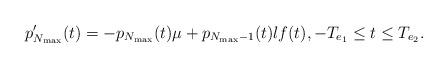
LaTeX: \begin{align*}p_{N_{\max}}'(t)=-p_{N_{\max}}(t)\mu + p_{N_{\max}-1}(t)\l f(t),-T_{e_1} \leq t \leq T_{e_2}. \end{align*}